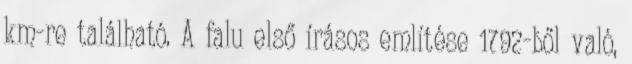
km-re található. A falu első írásos említése 1792-ből való,